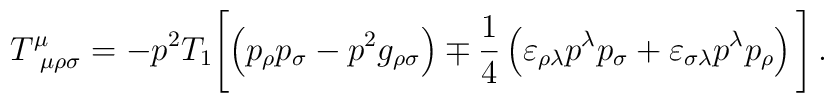
T^{\mu}_{\ \mu\rho\sigma}=-p^{2}T_{1}\Biggl[\left(p_{\rho}p_{\sigma}-p^{2}g_{\rho\sigma}\right) \mp\frac{1}{4}\left( \varepsilon_{\rho\lambda}p^{\lambda}p_{\sigma}+\varepsilon_{\sigma\lambda}p^{\lambda}p_{\rho}\right)\Biggl] \, .